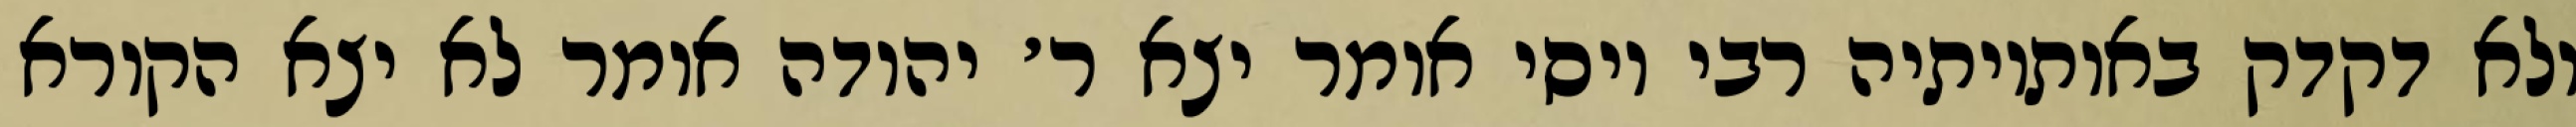
ולא דקדק באותיותיה רבי יוסי אומר יצא ר׳ יהודה אומר לא יצא הקורא